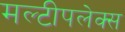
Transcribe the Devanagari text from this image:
मल्टीपलेक्स